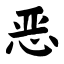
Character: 恶